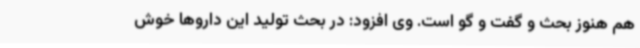
هم هنوز بحث و گفت و گو است. وی افزود: در بحث تولید این داروها خوش